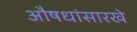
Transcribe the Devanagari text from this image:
औषधांसारखे